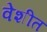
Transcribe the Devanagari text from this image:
वेशीत